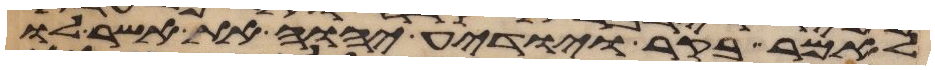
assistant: לאמר בקר ויודע יהוה את אשר לו